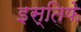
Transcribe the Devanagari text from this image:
इस्तिफे